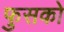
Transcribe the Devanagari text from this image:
फुसको